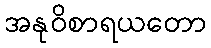
အနုဝိစာရယတော